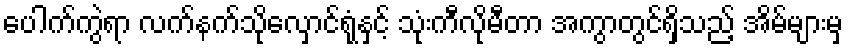
ပေါက်ကွဲရာ လက်နက်သိုလှောင်ရုံနှင့် သုံးကီလိုမီတာ အကွာတွင်ရှိသည့် အိမ်များမှ